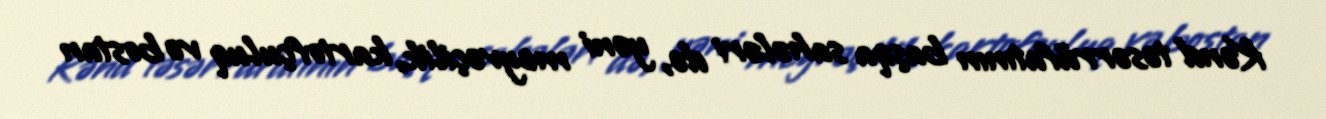
Kənd təsərrüfatının başqa sahələri də, yəni meyvəçilik, kartofçuluq və bostan